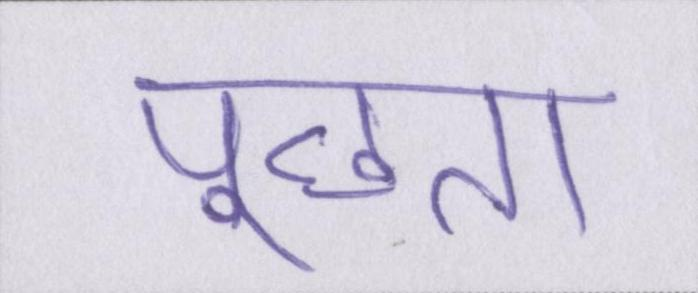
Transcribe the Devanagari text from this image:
पूछता